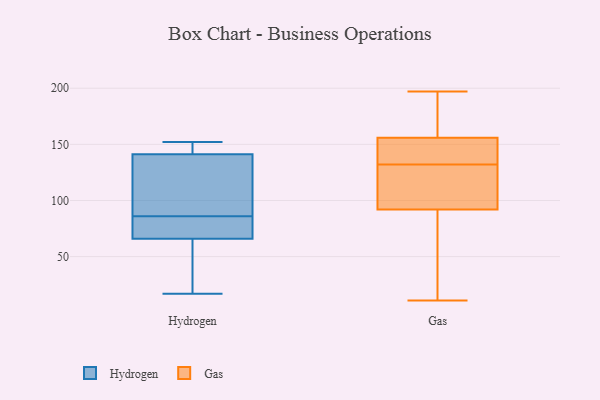
{"axis": {"x": "Production Output", "y": "Value"}, "legend": ["Gas", "Hydrogen"], "data": [{"x": "", "y": 137, "type": "Hydrogen"}, {"x": "", "y": 67, "type": "Hydrogen"}, {"x": "", "y": 145, "type": "Hydrogen"}, {"x": "", "y": 121, "type": "Hydrogen"}, {"x": "", "y": 55, "type": "Hydrogen"}, {"x": "", "y": 72, "type": "Hydrogen"}, {"x": "", "y": 63, "type": "Hydrogen"}, {"x": "", "y": 17, "type": "Hydrogen"}, {"x": "", "y": 140, "type": "Hydrogen"}, {"x": "", "y": 152, "type": "Hydrogen"}, {"x": "", "y": 152, "type": "Hydrogen"}, {"x": "", "y": 86, "type": "Hydrogen"}, {"x": "", "y": 72, "type": "Hydrogen"}, {"x": "", "y": 102, "type": "Gas"}, {"x": "", "y": 170, "type": "Gas"}, {"x": "", "y": 11, "type": "Gas"}, {"x": "", "y": 141, "type": "Gas"}, {"x": "", "y": 13, "type": "Gas"}, {"x": "", "y": 197, "type": "Gas"}, {"x": "", "y": 156, "type": "Gas"}, {"x": "", "y": 34, "type": "Gas"}, {"x": "", "y": 131, "type": "Gas"}, {"x": "", "y": 114, "type": "Gas"}, {"x": "", "y": 133, "type": "Gas"}, {"x": "", "y": 153, "type": "Gas"}, {"x": "", "y": 92, "type": "Gas"}, {"x": "", "y": 190, "type": "Gas"}]}